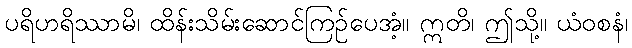
ပရိဟရိဿာမိ၊ ထိန်းသိမ်းဆောင်ကြဉ်ပေအံ့။ ဣတိ၊ ဤသို့။ ယံဝစနံ၊